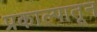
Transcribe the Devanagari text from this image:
प्रकाल्पातून